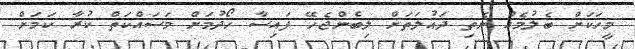
މީހަކަށް ބެލުމެއް ނެތި ދައުލަތަށް ލިބެންޖެހޭ ފައިސާ ހޯދުމަށް މަސައްކަތް ކުރާ ކަމަށް